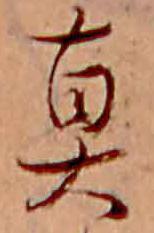
真